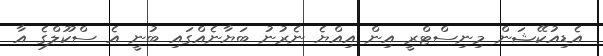
އެޑިއުކޭޝަން މިނިސްޓްރީ އިން އިއްޔެ ނެރުނު ބަޔާނެއްގައި ބުނީ އެ ސްކޫލްގެ އާ